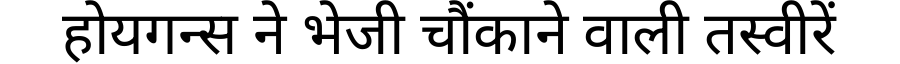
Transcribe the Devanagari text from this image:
होयगन्स ने भेजी चौंकाने वाली तस्वीरें